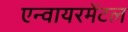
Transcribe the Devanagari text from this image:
एन्वायरमेंटल